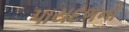
પાયદળનો